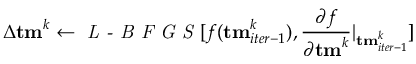
\Delta { \bf { t m } } ^ { k } \gets \textit { L - B F G S } [ f ( { \bf { t m } } _ { i t e r - 1 } ^ { k } ) , \frac { \partial f } { \partial { \bf t m } ^ { k } } | _ { { \bf t m } _ { i t e r - 1 } ^ { k } } ]